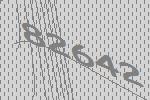
82642